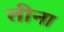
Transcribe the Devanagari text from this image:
तीना